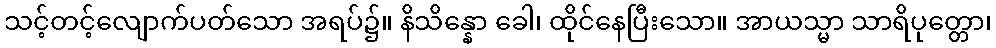
သင့်တင့်လျောက်ပတ်သော အရပ်၌။ နိသိန္နော ခေါ၊ ထိုင်နေပြီးသော။ အာယသ္မာ သာရိပုတ္တော၊